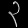
Digit: ၃